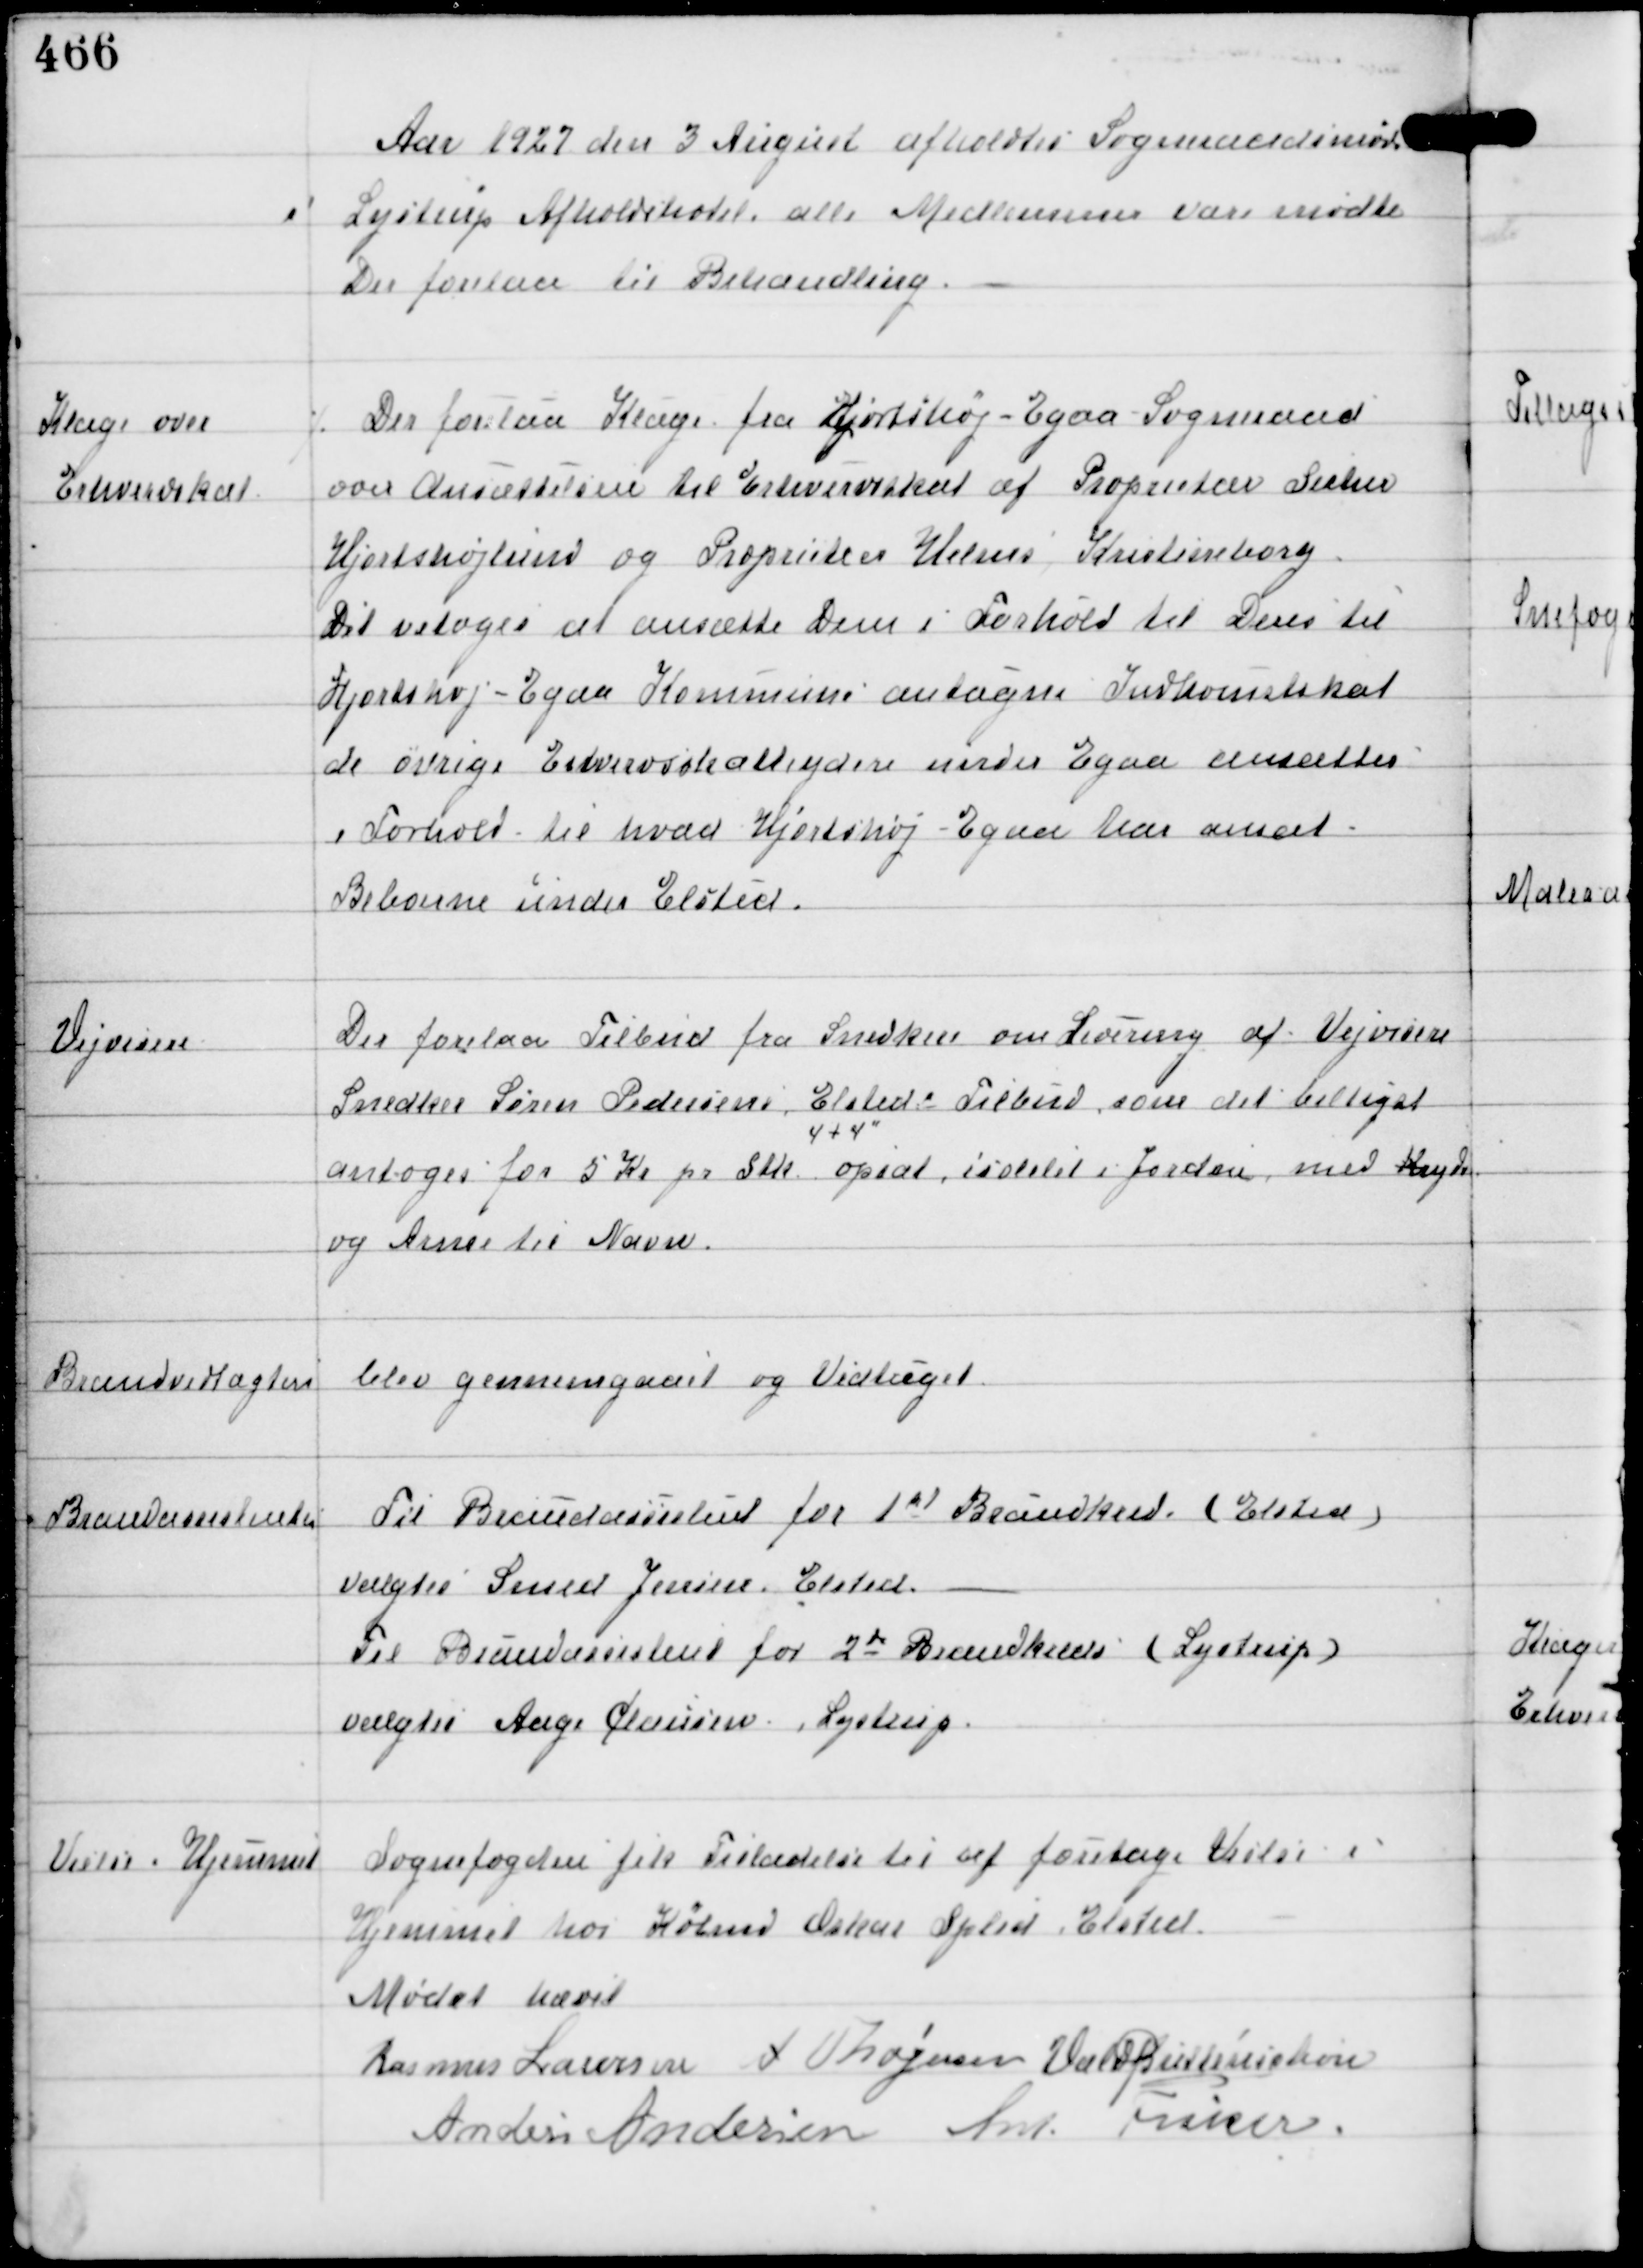
Transskription:
Aar 1927 den 3 August afholdtes Sogneraadsmøde
i Lystrup Afholdshotel, alle Medlemmer vare mødte
Der forelaa til Behandling.

Klage over
Erhvervskat

Der forelaa Klage fra Hjortshøj - Egaa Sogneraad
over Ansættelsen til Erhvervsskat af Proprietær Secher
Hjortshøjlund og Proprietær Helms Kristineborg.
Det vedtoges at ansætte Dem i Forhold til Deres til
Hjortshøj - Egaa Kommune antagne Indkomstskat
de øvrige Erhvervsskatteydere under Egaa ansættes
i Forhold til hvad Hjortshøj - Egaa har ansat
Beboerne under Elsted.

Vejvisere

Der forelaa Tilbud fra Snedkere om Levering af Vejvisere
Snedker Søren Pedersens, Elsted: a Tilbud som det billigste
antoges for 5 Kr pr Stk
4 + 4"
opsat isolelet i Jorden med Kryds
og Amer til Navn.

Brandvedtægten blev gennemgaaet og Vedtaget.

Brandassistenter

Til Brandassistenter for 1st Brandkreds (Elsted)
valgtes Smed Jensen, Elsted.
Til Brandassistent for 2de Brandkreds (Lystrup)
valgtes Aage Clausen, Lystrup

Vielse i Hjemmet

Sognefogden fik Tilladelse til at foretage Vielse i
Hjemmet hos Købmd Oskar Splid, Elsted

Mødet hævet
Rasmus Laursen A Thøgersen Vald Buttenschøn
Anders Andersen Ant Fisker